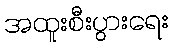
အထူးစီးပွားရေး